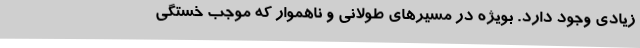
زیادی وجود دارد. بویژه در مسیرهای طولانی و ناهموار که موجب خستگی